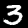
Label: 3